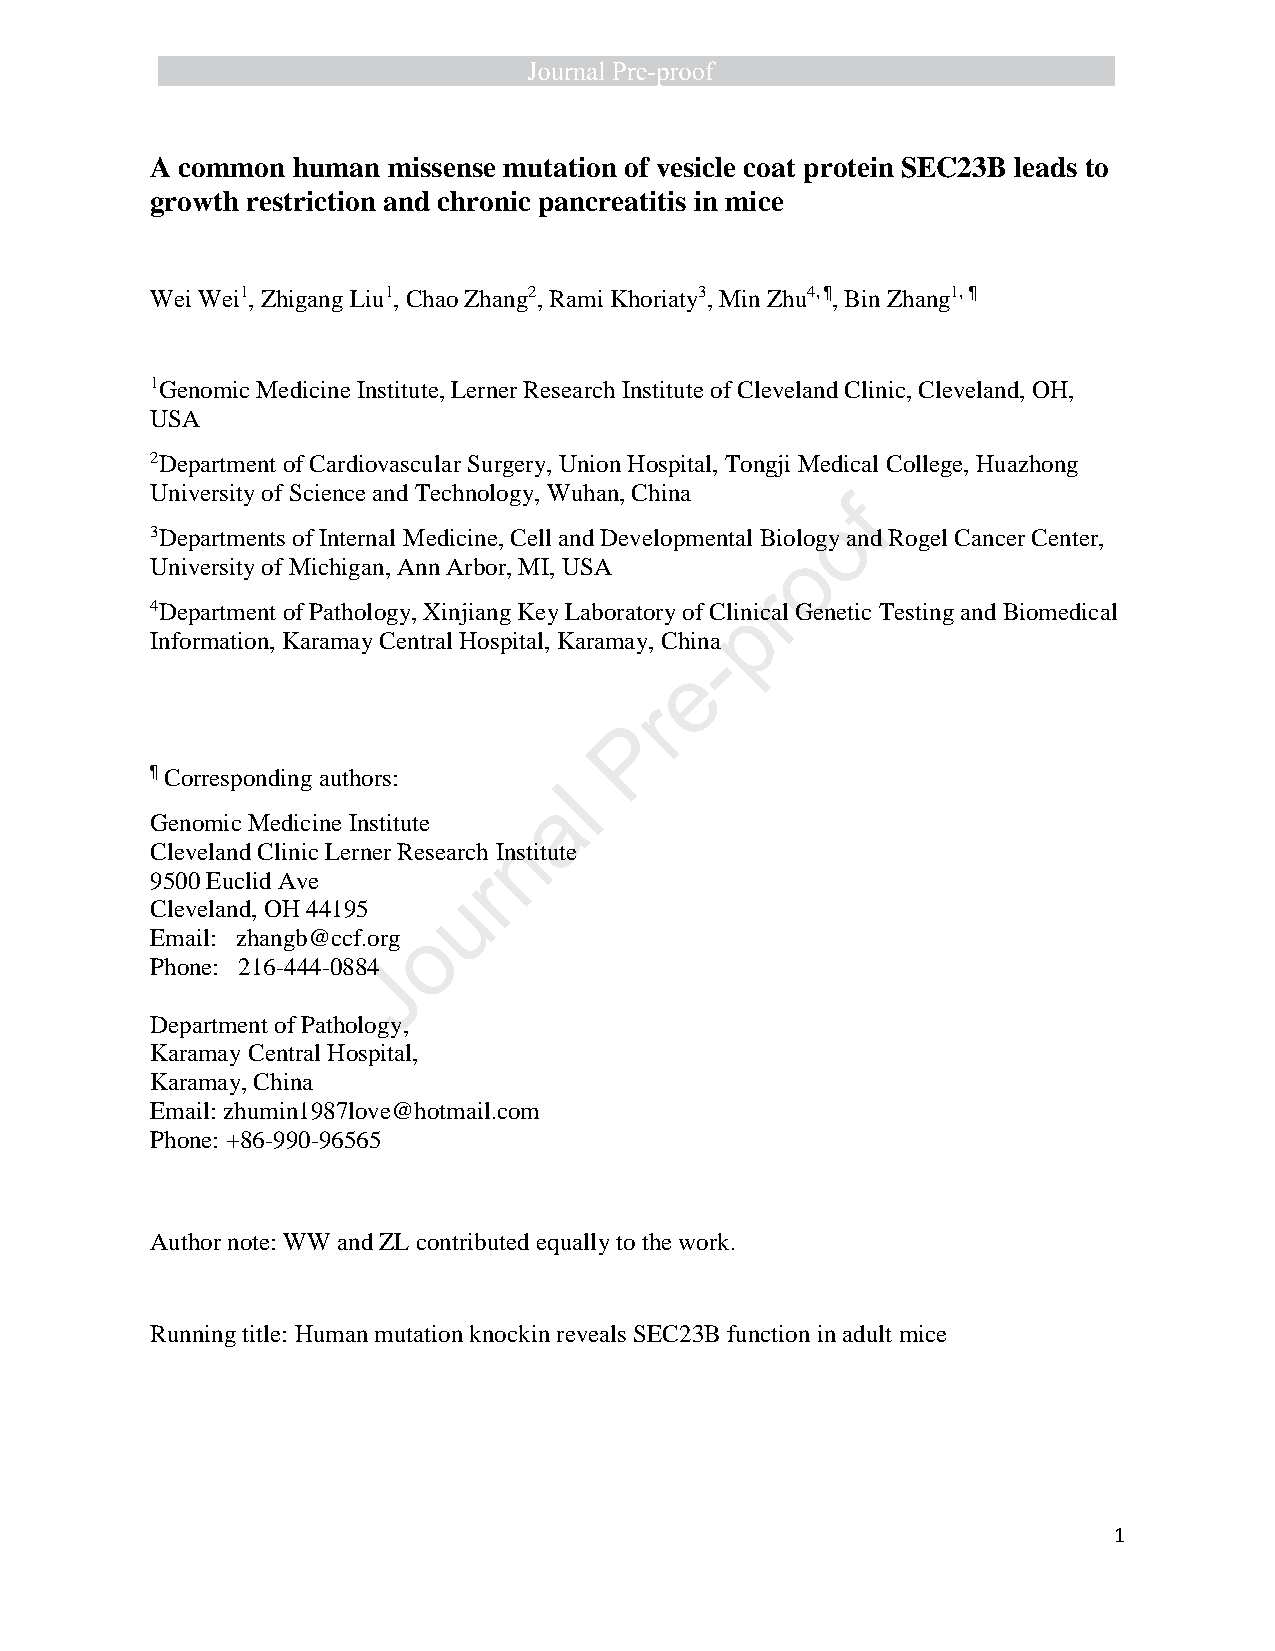
A common human  missense mutation of vesicle coat protein SEC23B leads to
 growth restriction and chronic pancreatitis in mice
 Wei Wei1, Zhigang Liu1, Chao Zhang2, Rami Khoriaty3, Min Zhu4, ¶, Bin Zhang1, ¶
 1Genomic Medicine Institute, Lerner Research Institute of Cleveland Clinic, Cleveland, OH,
 USA
 2Department of Cardiovascular Surgery, Union Hospital, Tongji Medical College, Huazhong
 University of Science and Technology, Wuhan, China
 f
 o
 3Departments of Internal Medicine, Cell and Developmental Biology and Rogel Cancer Center,
 o
 University of Michigan, Ann Arbor, MI, USA
 r
 4Department of Pathology, Xinjiang Key Laboratory of Clinpical Genetic Testing and Biomedical
 Information, Karamay Central Hospital, Karamay, China
 -
 e
 r
 P
 ¶ Corresponding authors:
 l
 a
 Genomic Medicine Institute
 n
 Cleveland Clinic Lerner Research Institute
 9500 Euclid Ave       r
 u
 Cleveland, OH 44195
 Email: zhangb@ccf.org o
 Phone: 216-444-0884 J
 Department of Pathology,
 Karamay Central Hospital,
 Karamay, China
 Email: zhumin1987love@hotmail.com
 Phone: +86-990-96565
 Author note: WW and ZL contributed equally to the work.
 Running title: Human mutation knockin reveals SEC23B function in adult mice
 1